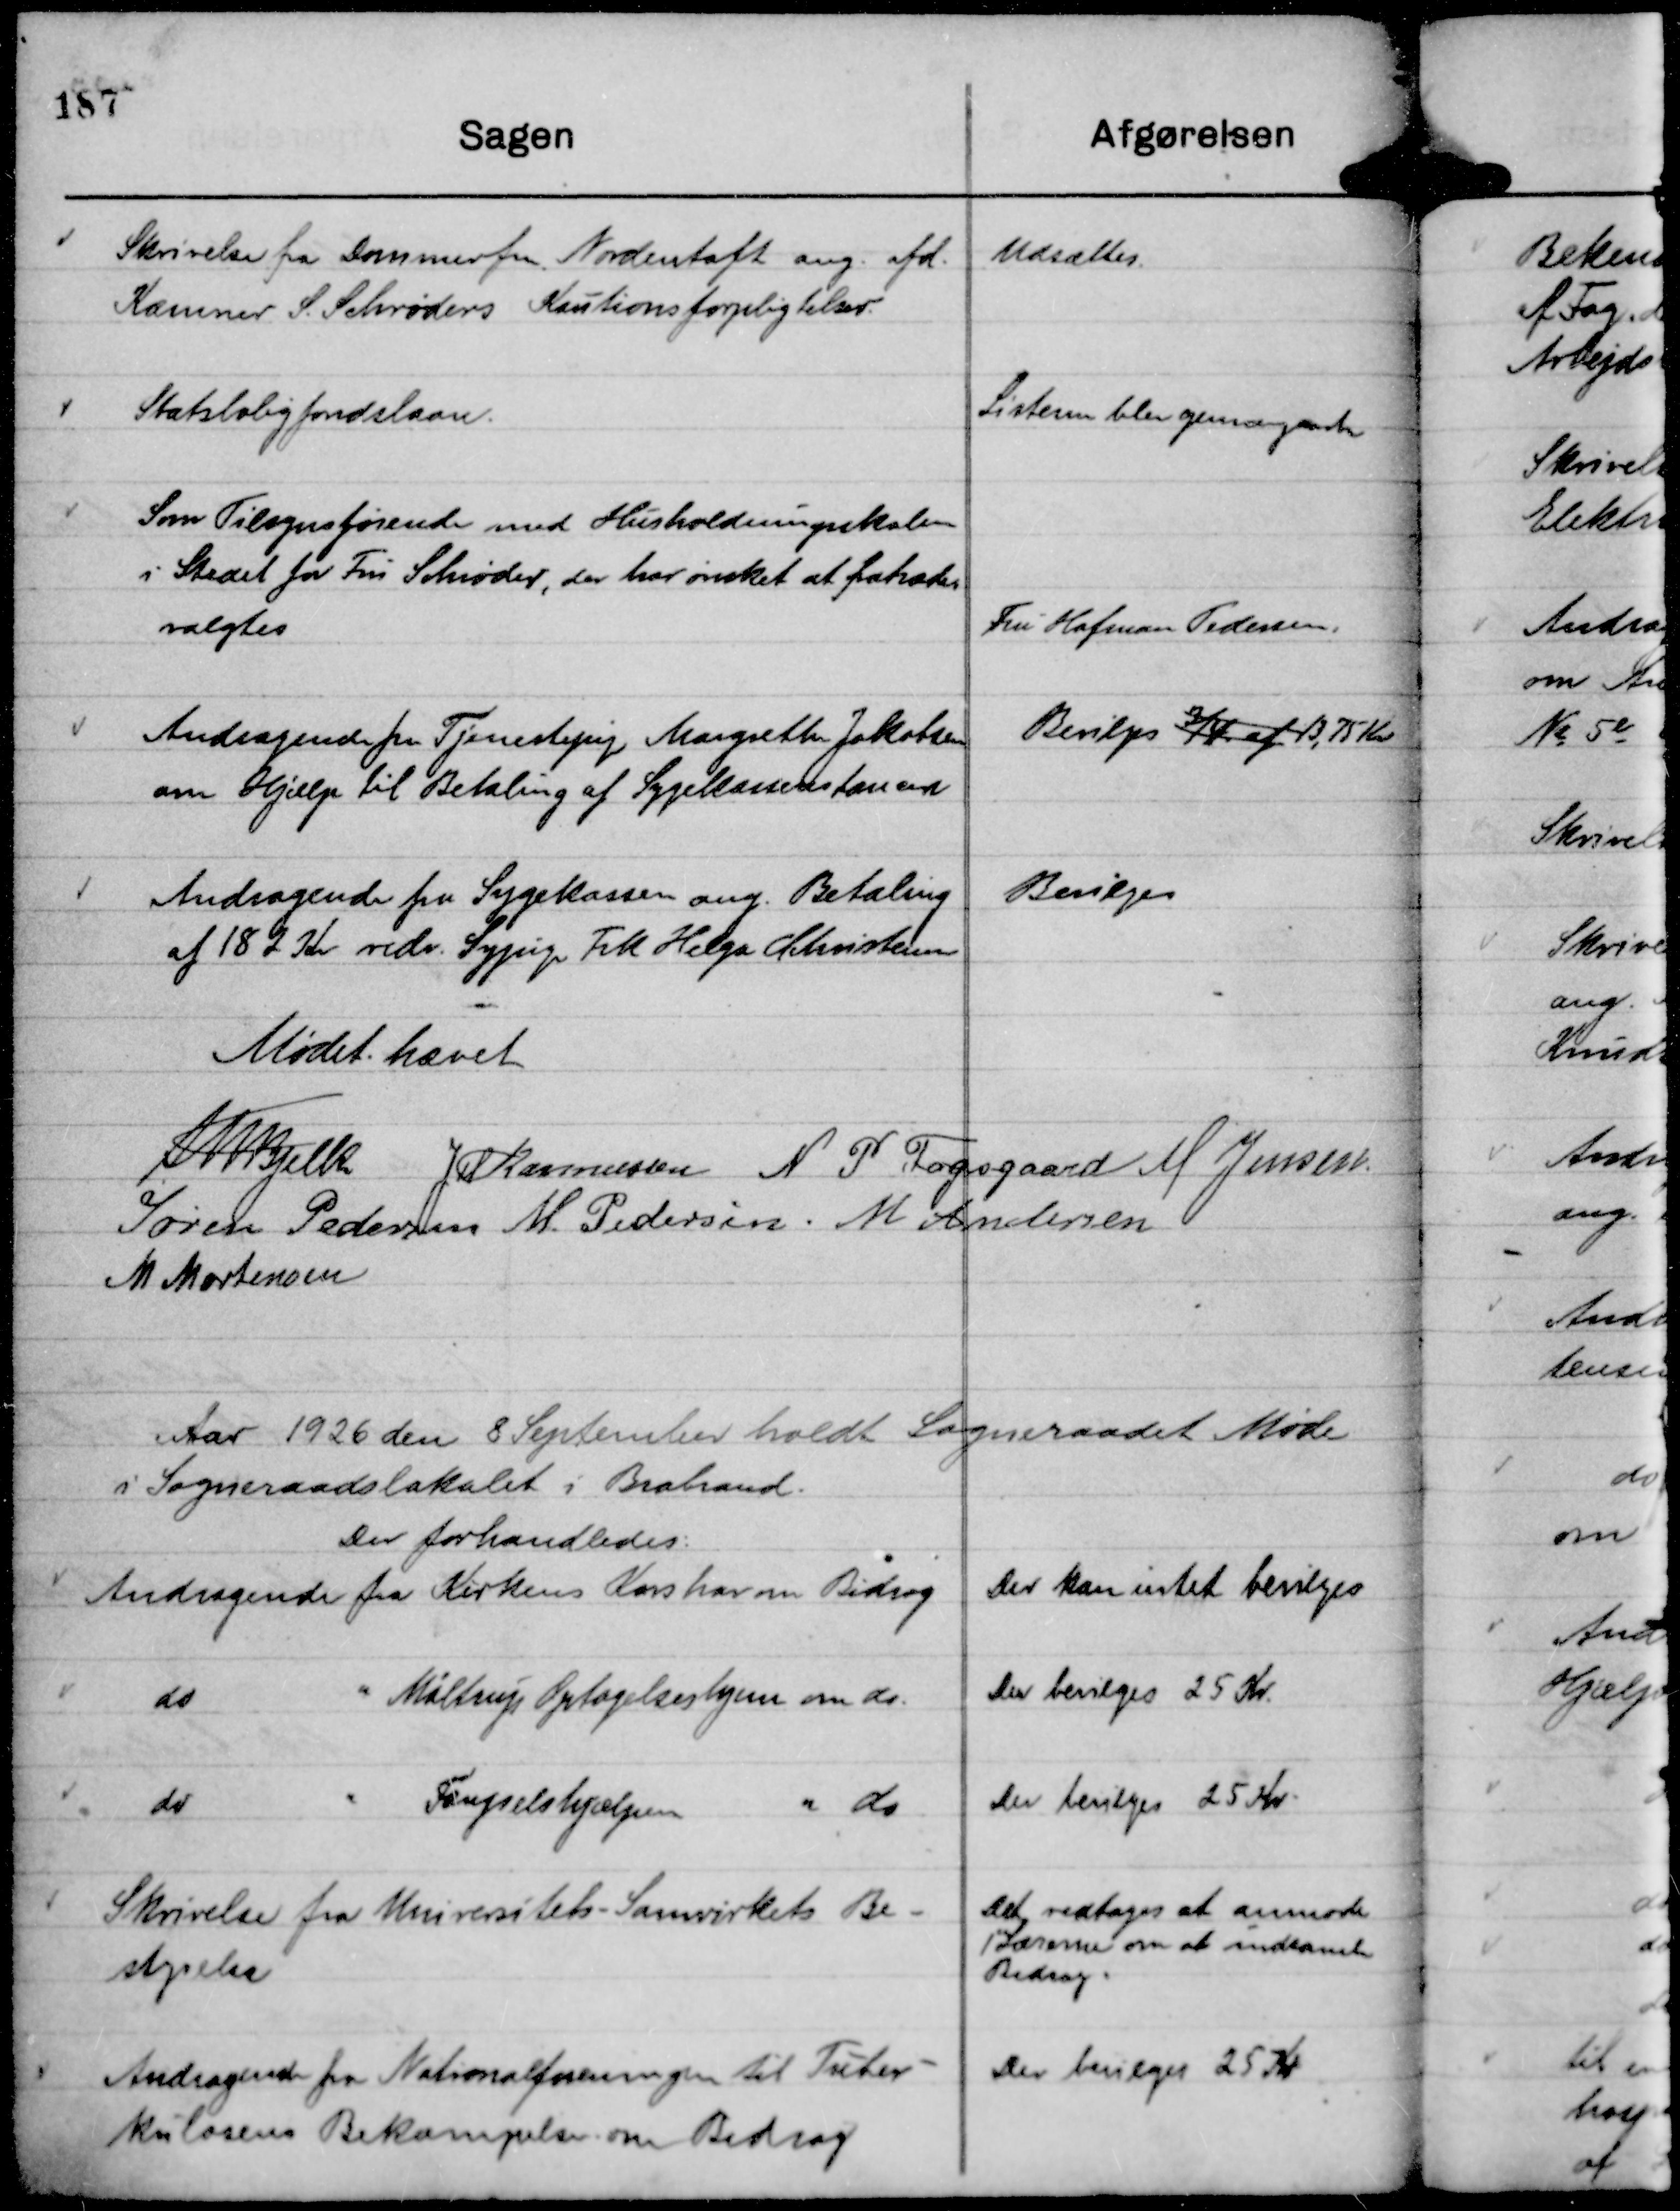
Transskription:
Skrivelse fra Dommerfm. Nordentoft ang. afd.
Kæmner S. Schrøders Kautionsforpligtelser.

Udsættes.

Statsboligfondslaan.

Listerne blev gemangaaetr

Som Tilsynsførende med Husholdningsskolen
i Stedet for Fru Schrøder, der har ønsket at fratræder
valgtes

Fru Hofman Pedersen.

Andragende fra Tjenestepig Margrethe Jakobsen
om Hjælp til Betaling af Sygekasserestancen

Bevilges ¾ af 13,75 Kr

Andragende fra Sygekassen ang. Betaling
af 182 Kr vedr. Sypige Frk Helga Christensen

Bevilges

Mødet hævet
Th Bjelke
JM Rasmussen
N P Fogsgaard
M Jensen.
Søren Pedersen
M. Pedersen.
M Andersen
M Mortensen

Aar 1926 den 8 September holdt Sogneraadet Møde
i Sogneraadslokalet i Brabrand.
Der forhandledes:

Andragende fra Kirkens Korshær om Bidrag

Der kan intet bevilges

do
" Møltrup Optagelseshjem om do.

Der bevilges 25 Kr.

do
" Fængselshjælpen " do

Der bevilges 25 Kr.

Skrivelse fra Universitets - Samvirkets Be-
styrelse

Det vedtages at anmode
1st Lærerne om at indsamle
Bidrag.

Andragende fra Nationalforeningen til Tuber-
kulosens Bekæmpelse om Bidrag

Der bevilges 25 Kr